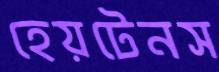
হেয়টেনস